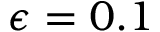
\epsilon = 0 . 1